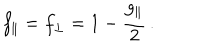
LaTeX: f _ { \parallel } = f _ { \perp } = 1 - \frac { g _ { \parallel } } { 2 } \, .